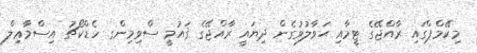
މިކޭމްޕްގައި ރާއްޖޭގެ ޓީމާއި ޙަވާލުވުގެން ދިޔައީ ރާއްޖޭގެ ޤައުމީ ސްވިމިންގ ހެޑްކޯޗު އިސްމާޢިލް